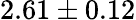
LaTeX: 2.61\pm 0.12